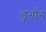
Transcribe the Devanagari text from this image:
डुगाँग